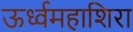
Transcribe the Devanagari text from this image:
ऊर्ध्वमहाशिरा